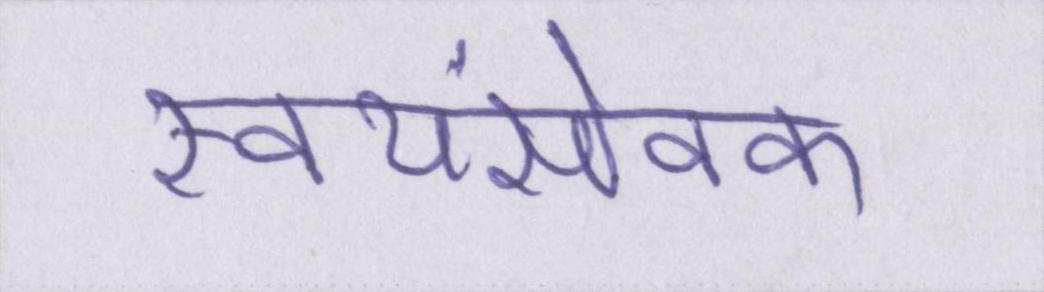
स्वयंसेवक